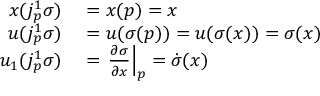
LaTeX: \begin{array} { r l } { x ( j _ { p } ^ { 1 } \sigma ) } & { { } = x ( p ) = x } \\ { u ( j _ { p } ^ { 1 } \sigma ) } & { { } = u ( \sigma ( p ) ) = u ( \sigma ( x ) ) = \sigma ( x ) } \\ { u _ { 1 } ( j _ { p } ^ { 1 } \sigma ) } & { { } = \left. { \frac { \partial \sigma } { \partial x } } \right| _ { p } = { \dot { \sigma } } ( x ) } \end{array}